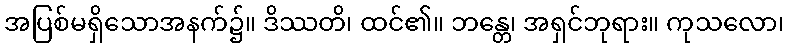
အပြစ်မရှိသောအနက်၌။ ဒိဿတိ၊ ထင်၏။ ဘန္တေ၊ အရှင်ဘုရား။ ကုသလော၊